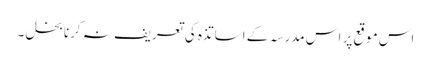
اس موقع پر اس مدرسہ کے اساتذہ کی تعریف نہ کرنا بخل ۔